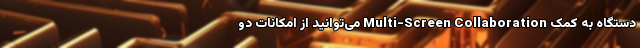
دستگاه به کمک Multi-Screen Collaboration می‌توانید از امکانات دو